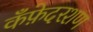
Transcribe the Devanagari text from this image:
कँफ़ेदरशण